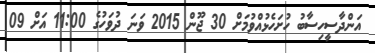
އަންދާސީހިސާބު ހުށަހެޅުއްވުމަށް 30 ޖޫން 2015 ވަނަ ދުވަހުގެ 11:00 އަށް 09